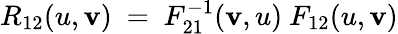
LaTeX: R_{12}(u,\mathbf{v})\ =\ F_{21}^{-1}(\mathbf{v},u)\ F_{12}(u,\mathbf{v})